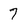
Character: 7